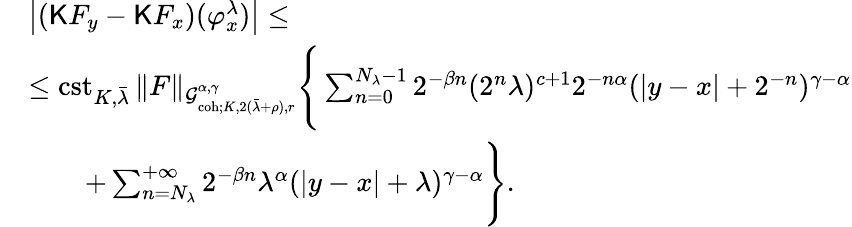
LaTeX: \begin{array}{rl}&{\left|(\mathsf{K}F_{y}-\mathsf{K}F_{x})(\varphi_{x}^{\lambda})\right|\le}\\ &{\le\mathrm{cst}_{K,\bar{\lambda}}\, \| F\| _{\mathcal{G}_{\mathrm{coh};K,2(\bar{\lambda}+\rho),r}^{\alpha,\gamma}}\Bigg\{ \sum_{n=0}^{N_{\lambda}-1}2^{-\beta n}(2^{n}\lambda)^{c+1}2^{-n\alpha}(|y-x|+2^{-n})^{\gamma-\alpha}}\\ &{\qquad+\sum_{n=N_{\lambda}}^{+\infty}2^{-\beta n}\lambda^{\alpha}(|y-x|+\lambda)^{\gamma-\alpha}\Bigg\} .}\end{array}